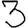
Digit: 3